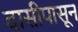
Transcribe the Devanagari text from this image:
दासीपासून